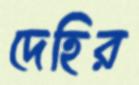
দেহির